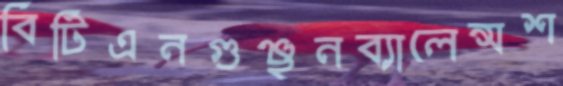
বিটিএনগুঞ্ছনব্যালেন্সশ